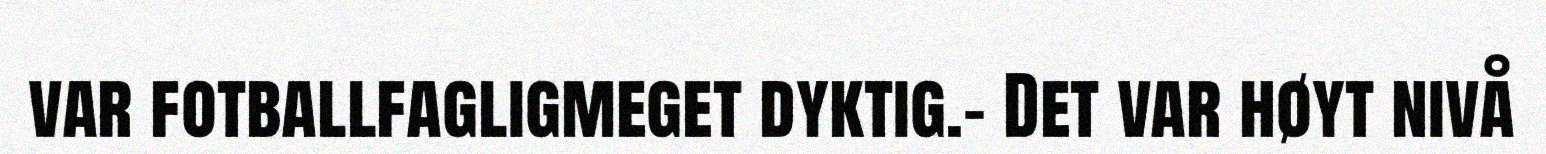
var fotballfagligmeget dyktig.- Det var høyt nivå